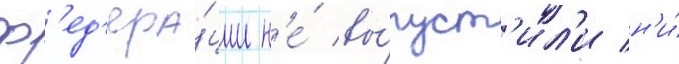
ф'ед'ера́ции н'е́ вы́пуст'ил'и н'и́